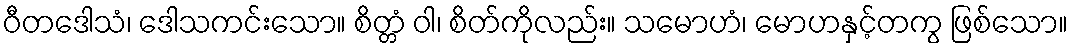
ဝီတဒေါသံ၊ ဒေါသကင်းသော။ စိတ္တံ ဝါ၊ စိတ်ကိုလည်း။ သမောဟံ၊ မောဟနှင့်တကွ ဖြစ်သော။